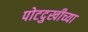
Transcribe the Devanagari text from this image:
पोटदुखीच्या